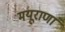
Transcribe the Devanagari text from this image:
मयूराणां